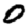
Digit: 0